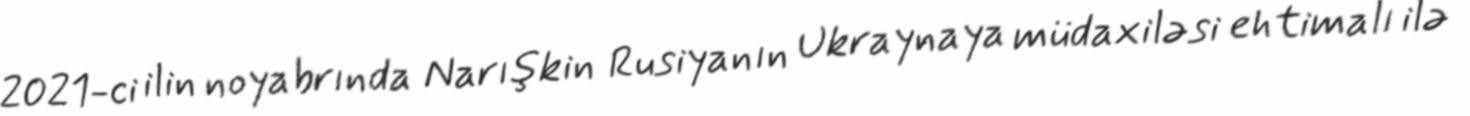
2021-ci ilin noyabrında Narışkin Rusiyanın Ukraynaya müdaxiləsi ehtimalı ilə